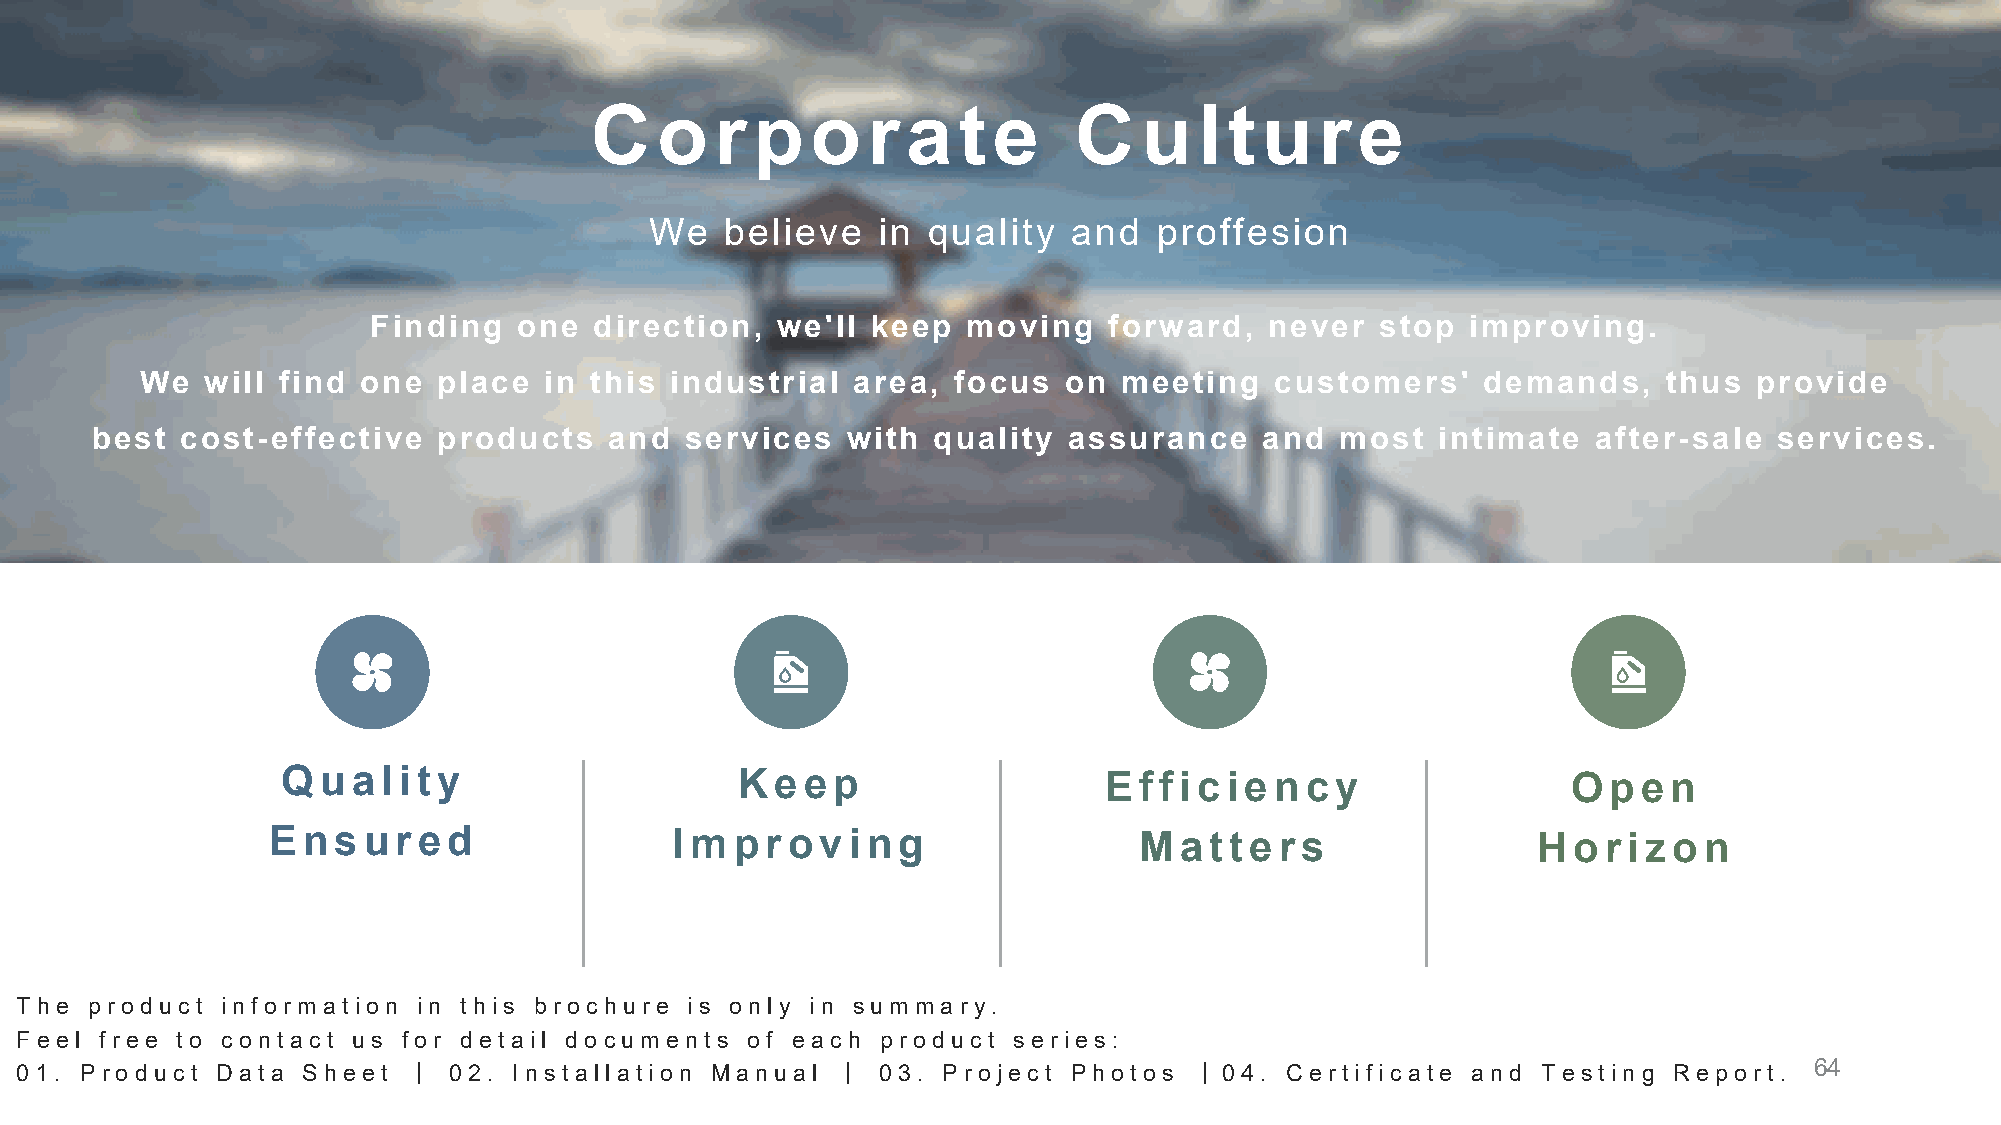
C   o   r  p   o  r  a  te      C    u  l tu    r  e
 We   believe   in quality   and   proffesion
 Finding  one  direction,  we'll  keep  moving   forward,   never  stop  improving.
 We   will find one  place  in this industrial  area,  focus  on  meeting   customers'    demands,    thus  provide
 best  cost-effective   products   and  services   with  quality  assurance    and  most  intimate   after-sale  services.
 Quality                       Keep                    Efficiency                     Open
 Ensur     ed              Impr    oving                  Matter     s               Hor   izon
 The  product  inf ormat ion in t his brochure is only in summary.
 Feel  f ree t o cont act us f or det ail document s of each product series:
 01. Product  Dat a Sheet  丨  02. I nst allat ion Manual 丨 03. Project Phot os 丨04.  Cert if icat e and Test ing Report . 64